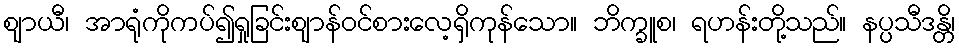
ဈာယီ၊ အာရုံကိုကပ်၍ရှုခြင်းဈာန်ဝင်စားလေ့ရှိကုန်သော။ ဘိက္ခူစ၊ ရဟန်းတို့သည်။ နပ္ပသီဒန္တိ၊